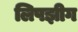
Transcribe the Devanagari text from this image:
लिपझीग